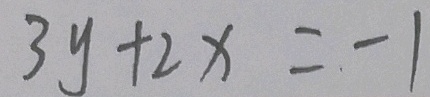
3 y + 2 x = - 1